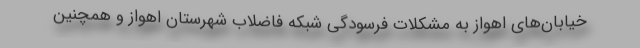
خیابان‌های اهواز به مشکلات فرسودگی شبکه فاضلاب شهرستان اهواز و همچنین